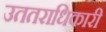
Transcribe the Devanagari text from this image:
उततराधिकारी